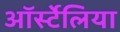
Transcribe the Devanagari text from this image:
ऑर्स्टेलिया